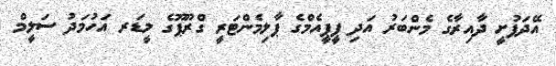
އޭދަފުށީ ދާއިރާގެ މެންބަރު އަދި ޕީޕީއެމްގެ ޕާލިމެންޓަރީ ގްރޫޕޫގެ ލީޑަރ އަހުމަދު ސަލީމް